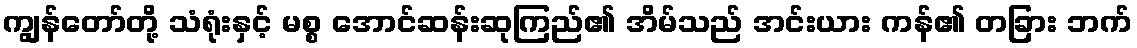
ကျွန်တော်တို့ သံရုံးနှင့် မစ္စ အောင်ဆန်းဆုကြည်၏ အိမ်သည် အင်းယား ကန်၏ တခြား ဘက်